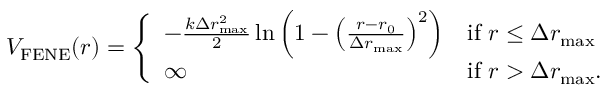
\begin{array} { r } { V _ { \mathrm { F E N E } } ( r ) = \left\{ \begin{array} { l l } { - \frac { k \Delta r _ { \mathrm { m a x } } ^ { 2 } } { 2 } \ln \left( 1 - \left( \frac { r - r _ { 0 } } { \Delta r _ { \mathrm { m a x } } } \right) ^ { 2 } \right) } & { \mathrm { i f ~ } r \leq \Delta r _ { \mathrm { m a x } } } \\ { \infty } & { \mathrm { i f ~ } r > \Delta r _ { \mathrm { m a x } } . } \end{array} \right. } \end{array}